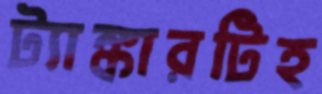
ট্যাঙ্কারটিহ